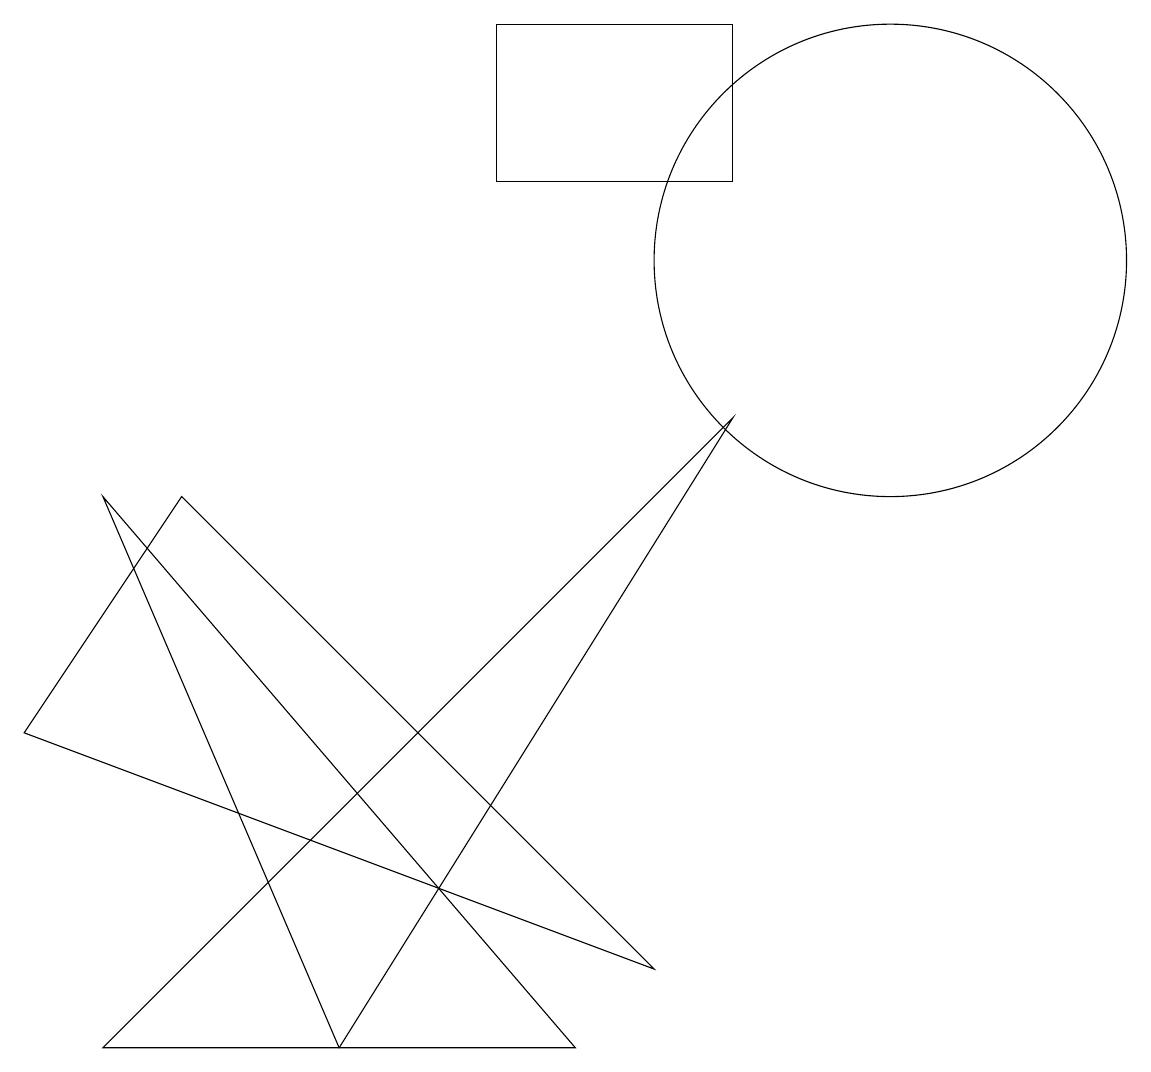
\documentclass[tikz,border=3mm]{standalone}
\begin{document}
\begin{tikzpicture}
\draw (11,10) circle (3);
\draw (4,0) -- (9,8) -- (1,0) -- cycle;
\draw (9,13) rectangle (6,11);
\draw (4,0) -- (7,0) -- (1,7) -- cycle;
\draw (8,1) -- (0,4) -- (2,7) -- cycle;
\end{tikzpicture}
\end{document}